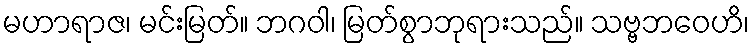
မဟာရာဇ၊ မင်းမြတ်။ ဘဂဝါ၊ မြတ်စွာဘုရားသည်။ သဗ္ဗဘဝေဟိ၊